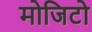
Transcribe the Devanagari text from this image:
मोजिटो